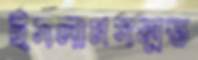
ইসলামসম্মত